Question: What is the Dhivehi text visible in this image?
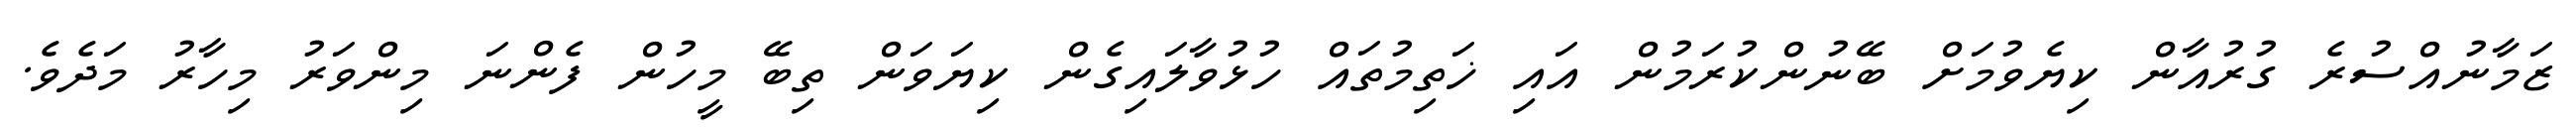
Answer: ޒަމާނުއްސުރެ ގުރުއާން ކިޔެވުމަށް ބޭނުންކުރަމުން އައި ޚަތިމުތައް ހުޅުވާލައިގެން ކިޔަވަން ތިބޭ މީހުން ފެންނަ މިންވަރު މިހާރު މަދެވެ.